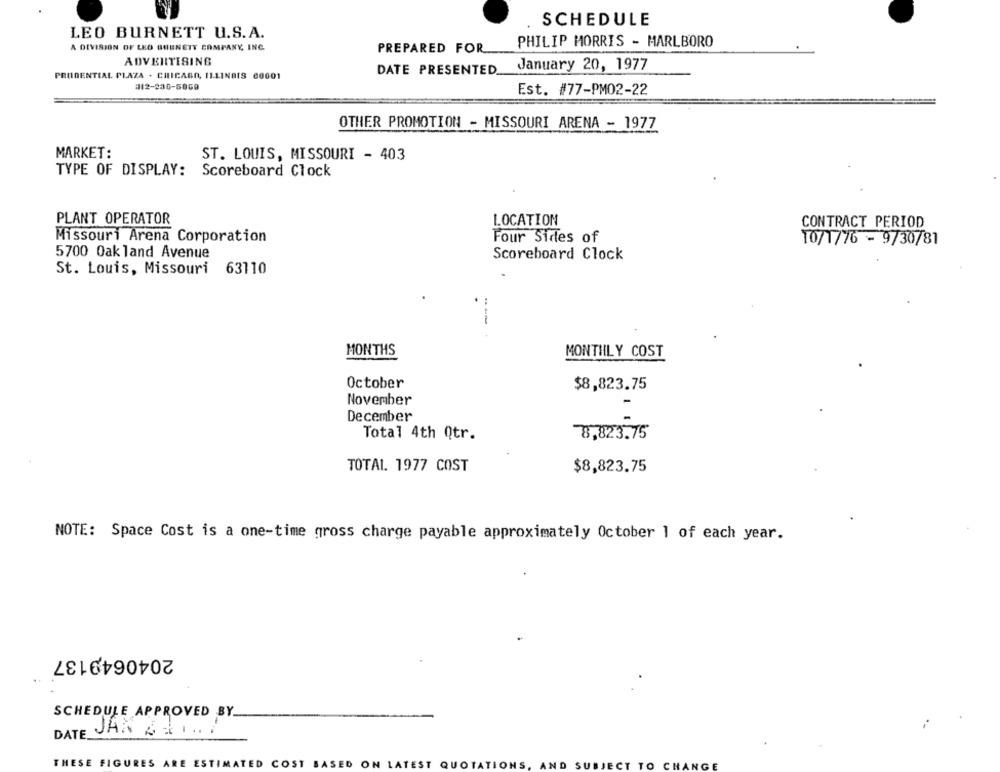
SCHEDULE
LEO BURNETT U.S.A.
A DIVISION OF LEO BUENETT COMPANY, INC.
PHILIP MORRIS - MARLBORO
PREPARED FOR
ADVERTISING
January 20, 1977
PRUDENTIAL PLAZA . CHICAGO, ILLINOIS 80001
DATE PRESENTED.
312-230-5060
Est. #77-PM02-22
OTHER PROMOTION - MISSOURI ARENA - 1977
MARKET:
ST. LOUIS, MISSOURI - 403
TYPE OF DISPLAY: Scoreboard Clock
PLANT OPERATOR
LOCATION
CONTRACT PERIOD
Missouri Arena Corporation
Four Sides of
10/1/76 - 9/30/81
5700 Oak land Avenue
Scoreboard Clock
St. Louis, Missouri 63110
--
MONTHS
MONTHLY COST
October
$8,823.75
November
December
Total 4th Qtr.
8,823.75
TOTAL. 1977 COST
$8,823.75
NOTE: Space Cost is a one-time gross charge payable approximately October 1 of each year.
2040649137
SCHEDULE APPROVED BY_
DATE JAN 2: 1 .. 1
THESE FIGURES ARE ESTIMATED COST BASED ON LATEST QUOTATIONS,
AND SUBJECT TO CHANGE